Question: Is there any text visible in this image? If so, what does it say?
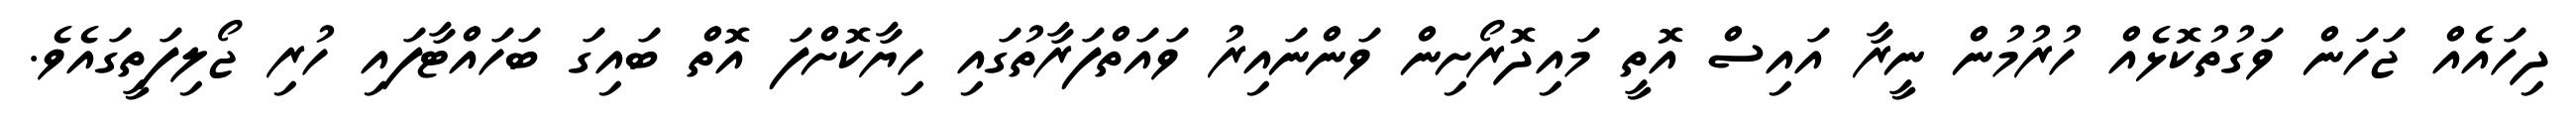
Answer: ދިހައެއް ޖަހަން ވަގުތުކޮޅެއް ހުރުމުން ނީރާ އައިސް އޮތީ މައިދޮރޯށިން ވަންނައިރު ވައަތްފަރާތުގައި ހިޔާކޮށްފަ އޮތް ބައިގަ ބަހައްޓާފައި ހުރި ޖޯލިފަތީގައެވެ.